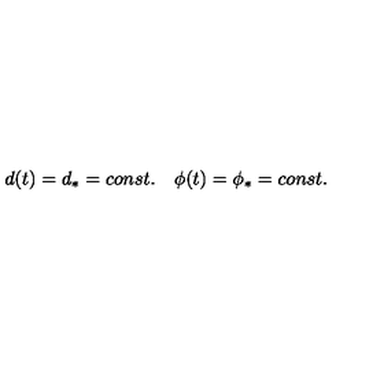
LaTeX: d ( t ) = d _ { \ast } = c o n s t . \quad \phi ( t ) = \phi _ { \ast } = c o n s t .